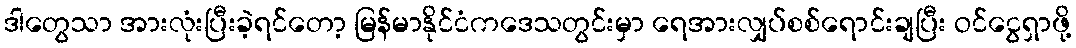
ဒါတွေသာ အားလုံးပြီးခဲ့ရင်တော့ မြန်မာနိုင်ငံကဒေသတွင်းမှာ ရေအားလျှပ်စစ်ရောင်းချပြီး ဝင်ငွေရှာဖို့